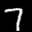
Label: 7